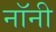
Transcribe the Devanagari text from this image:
नॉनी